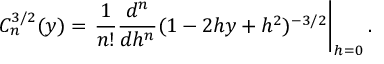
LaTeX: C _ { n } ^ { 3 / 2 } ( y ) = \left. \frac { 1 } { n ! } \frac { d ^ { n } } { d h ^ { n } } ( 1 - 2 h y + h ^ { 2 } ) ^ { - 3 / 2 } \right| _ { h = 0 } .